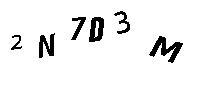
2N7D3M